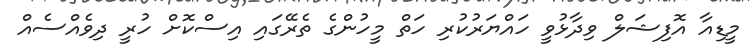
މީޑިއާ އޮފިޝަލް ވިދާޅުވީ ހައްޔަރުކުރި ހަތް މީހުންގެ ތެރޭގައި އިސްކޮށް ހުރީ ދިވެއްސެއް